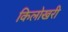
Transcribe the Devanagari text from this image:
किलोखरी